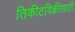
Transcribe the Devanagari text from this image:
तिकीटविक्रीसाठी